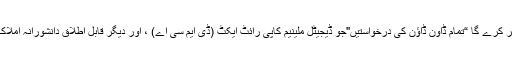
لائبریرین کے جواب میں یہ سب سے بہتر کرے گا “تمام ڈاون ڈاؤن کی درخواستیں"جو ڈیجیٹل ملینیم کاپی رائٹ ایکٹ (ڈی ایم سی اے) ، اور دیگر قابل اطلاق دانشورانہ املاک قوانین کی ضروریات کو پورا کرتا ہے۔